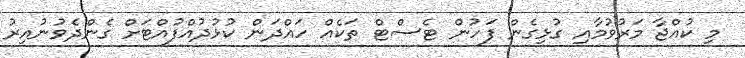
މި ކުއްޖާ މަރުވުމާއި ގުޅިގެން ފަހުން ޓެސްޓް ތަކެއް ހައްދަން ކުޅުދުއްފުއްޓަށް ގެންދެވުނުއިރު